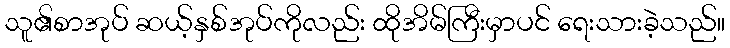
သူ၏စာအုပ် ဆယ့်နှစ်အုပ်ကိုလည်း ထိုအိမ်ကြီးမှာပင် ရေးသားခဲ့သည်။